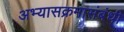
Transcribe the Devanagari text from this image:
अभ्यासक्रमासंबंधी